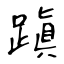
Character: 蹎